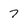
Character: 7